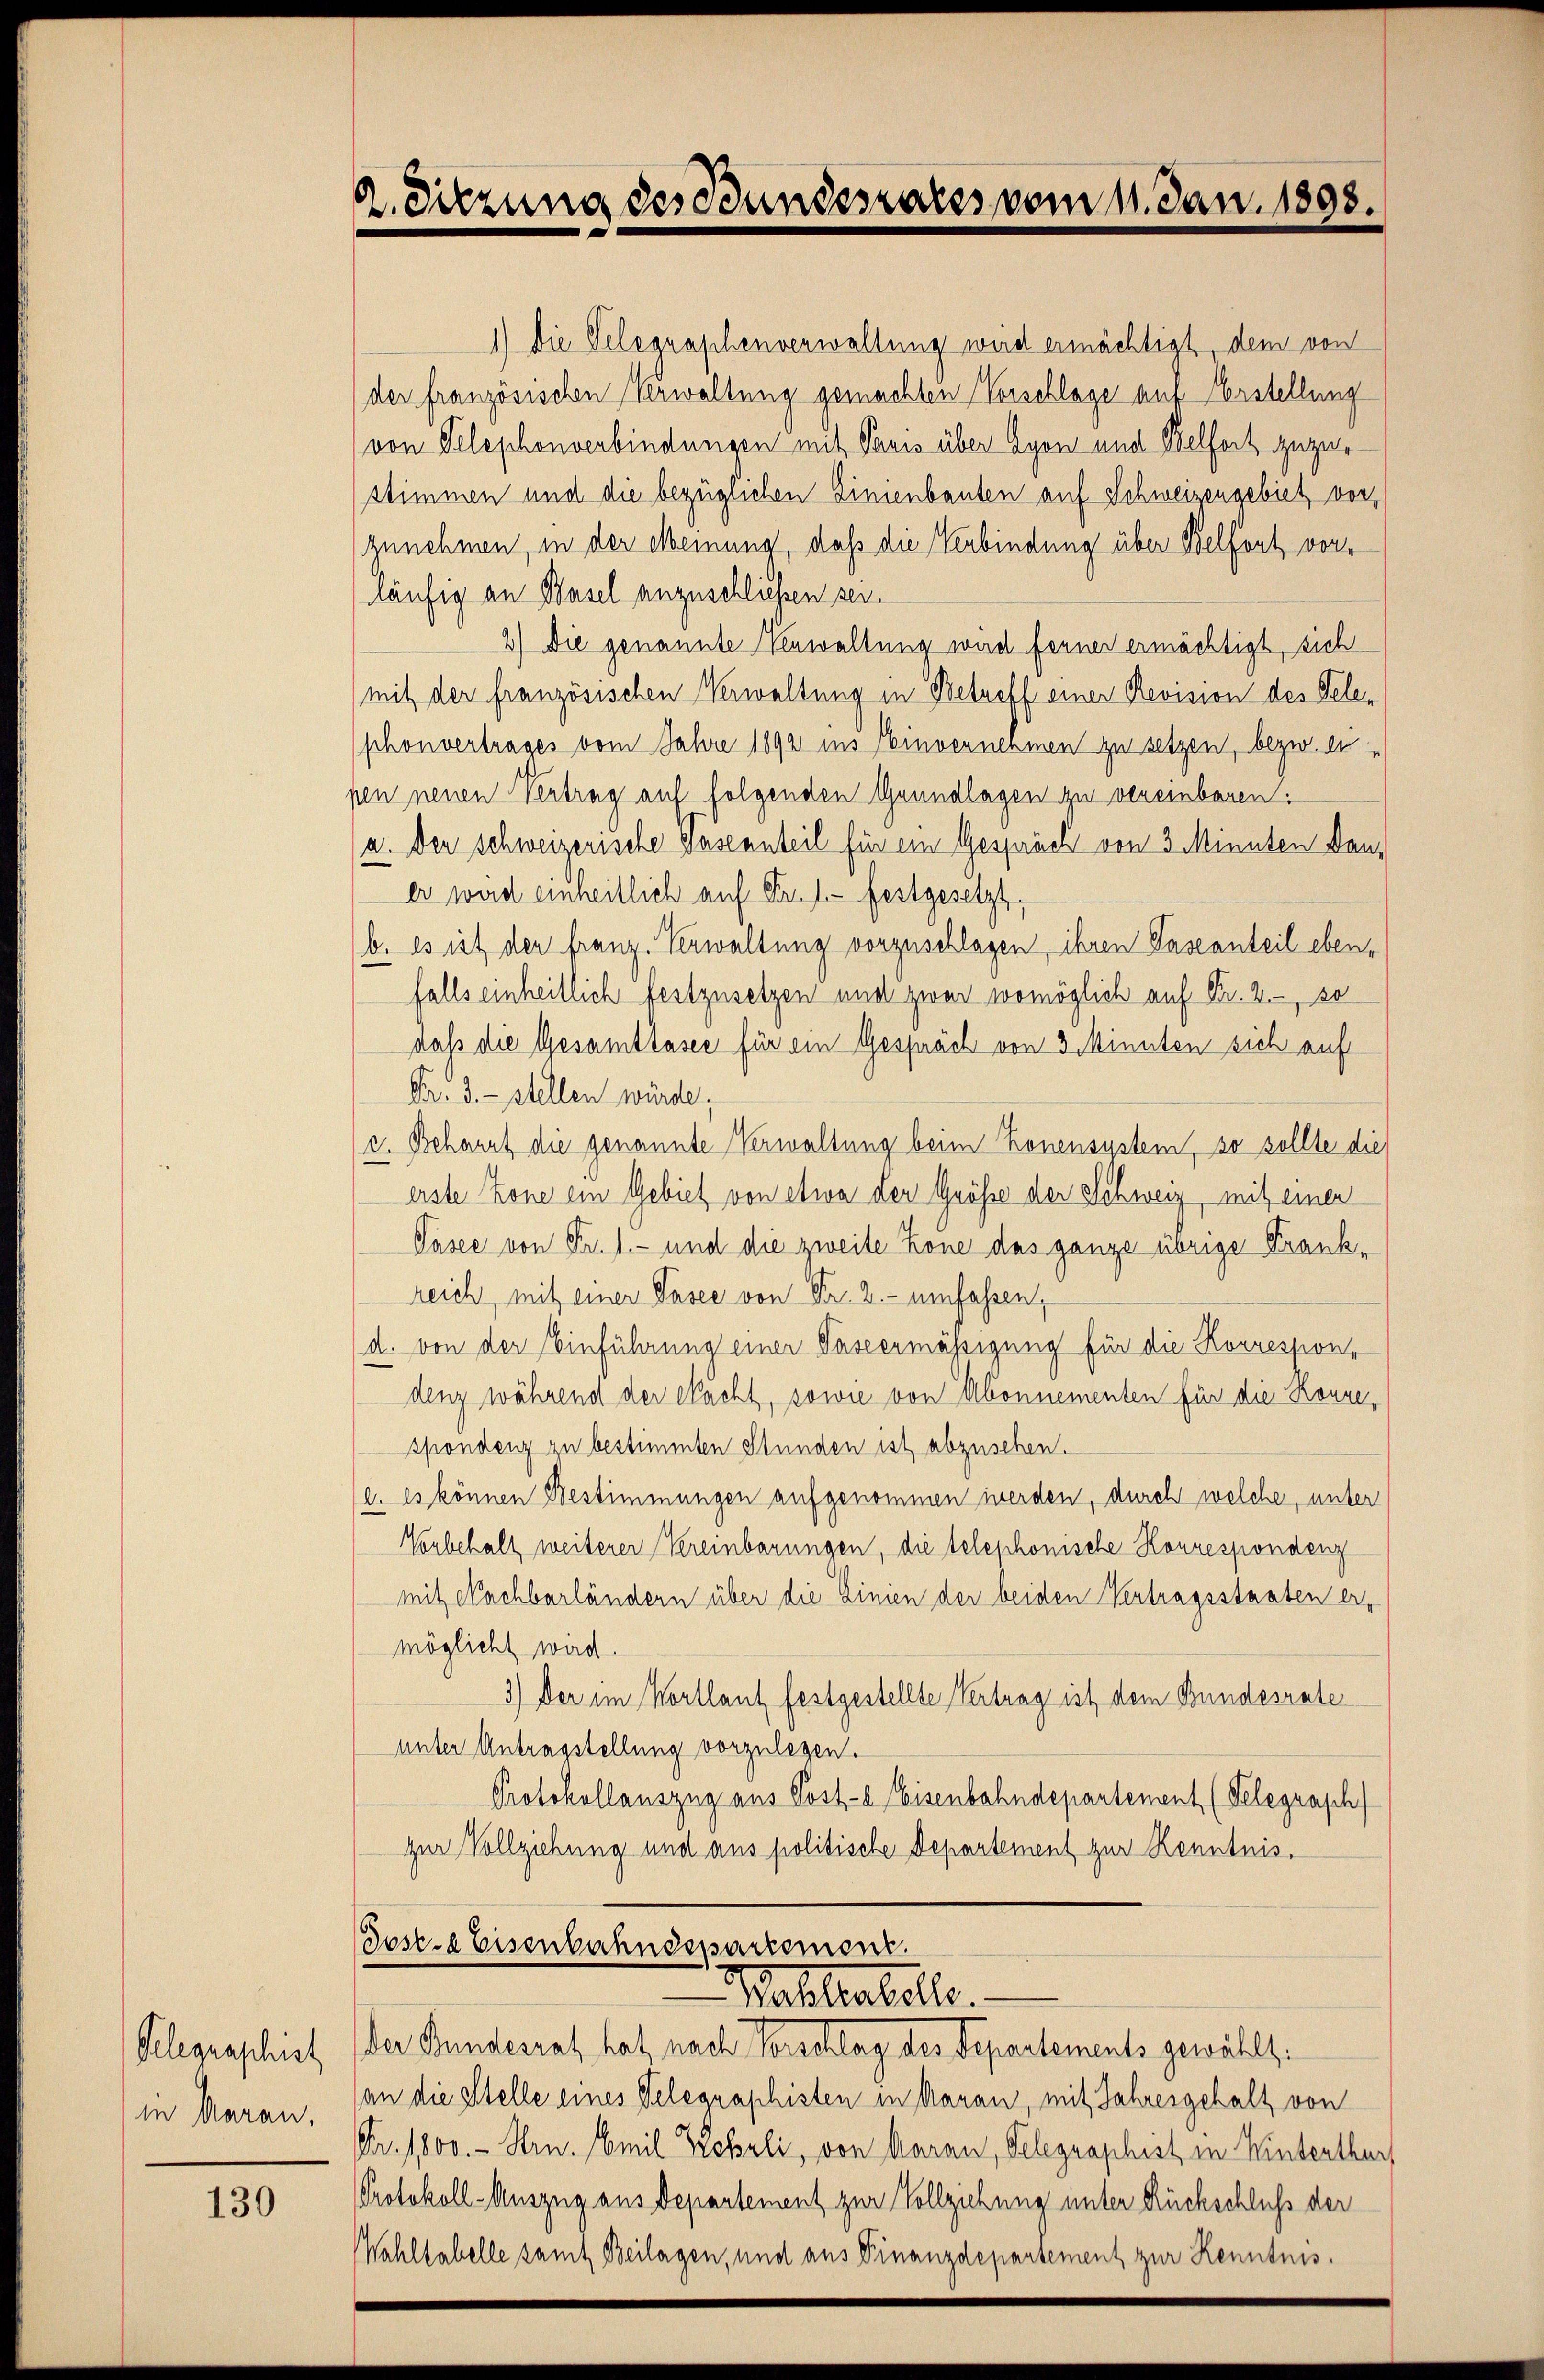
Telegraphist
in Aarau,

130

2. Sitzung des Bundesares vom 1. Jan. 1898.

1.) Die Telegraphenverwaltung wird ermächtigt dem von
der französischen Verwaltung gemachten Vorschlage auf Verstellung
von Telephonverbindungen mit Paris über Lyon und Belfort zuzustimmen und die bezüglichen Zimenbauten auf Schweizengebiet vor,
zunehmen, in der Meinung, daß die Verbindung über Belfort vorläufig an Basel anzuschließen sei.
2) Die genannte Verwaltung wird ferner ermächtigt, sich
mit der französischen Verwaltung in Betreff einer Revision des Telephonvertrages vom Jahre 1892 ins Einvernemmen zu setzen, bezw. ei
pen neuen Vertrag auf folgenden Grundlagen zu vereinbaren.
a. Der Schweizerische Gaseanteil für ein Gespräch von 3 Minuten Daner wird einheitlich auf Fr. l. festgesetzt.
b. es ist der franz. Verwaltung vorzuschlagen, ihren Pascanteil ebenfalls einheitlich festzusetzen und zwar womöglich auf Fr. 2. so
daß die Gesamtlasse für ein Gespräch von 3 Minnten sich auf
Fr. 3. stellen würde;
v. Beharrt die genannte Verwaltung beim Konensystem, so sollte die
erste Zone ein Gebiet von etwa der Größe der Schweiz, mit einer
Pasee von Fr. 1.- und die zweite Tone das ganze übrige Frankreich mit einer Pasee von Fr. 2.- umfassen,
d. von der Einführung einer Passermässigung für die Korression,
denz während der Nacht, sowie von Abonnementen für die Konzespondenz zu bestimmten Stunden ist abzusehen.
g. Es können Bestimmungen aufgenommen werden, durch welche, unter
Vorbehalt weiterer Vereinbarungen, die telephonische Korrespondenz
mit Nachbarländern über die Linien der beiden Vertragsstaaten er-
möglicht wird.
3) Der im Wortlaut festgestellte Vertrag ist dem Bundesrate
unter Antragstellung vorzulegen.
Protokollauszug aus Post-a Eisenbahndepartement (Telegraph
zur Vollziehung und aus politische Departement zur Kenntnis,

Josk-a Eisenbahndepartement.
Walliabelle.
der Bundesrat hat nach Verschlag des Departements gewählt.

an die Stelle eines Telegraphisten in daran, mit Jahresgehalt von
Fr. 1800. - Arn. Emil Kobrli, von Aarau, Gelegraphist in Hinterthur
Protokoll-Auszug aus Departement zur Vollziehung unter Rückschluß der
Wahltabelle samt Beilagen, und aus Finanzdepartement zur Kenntnis.